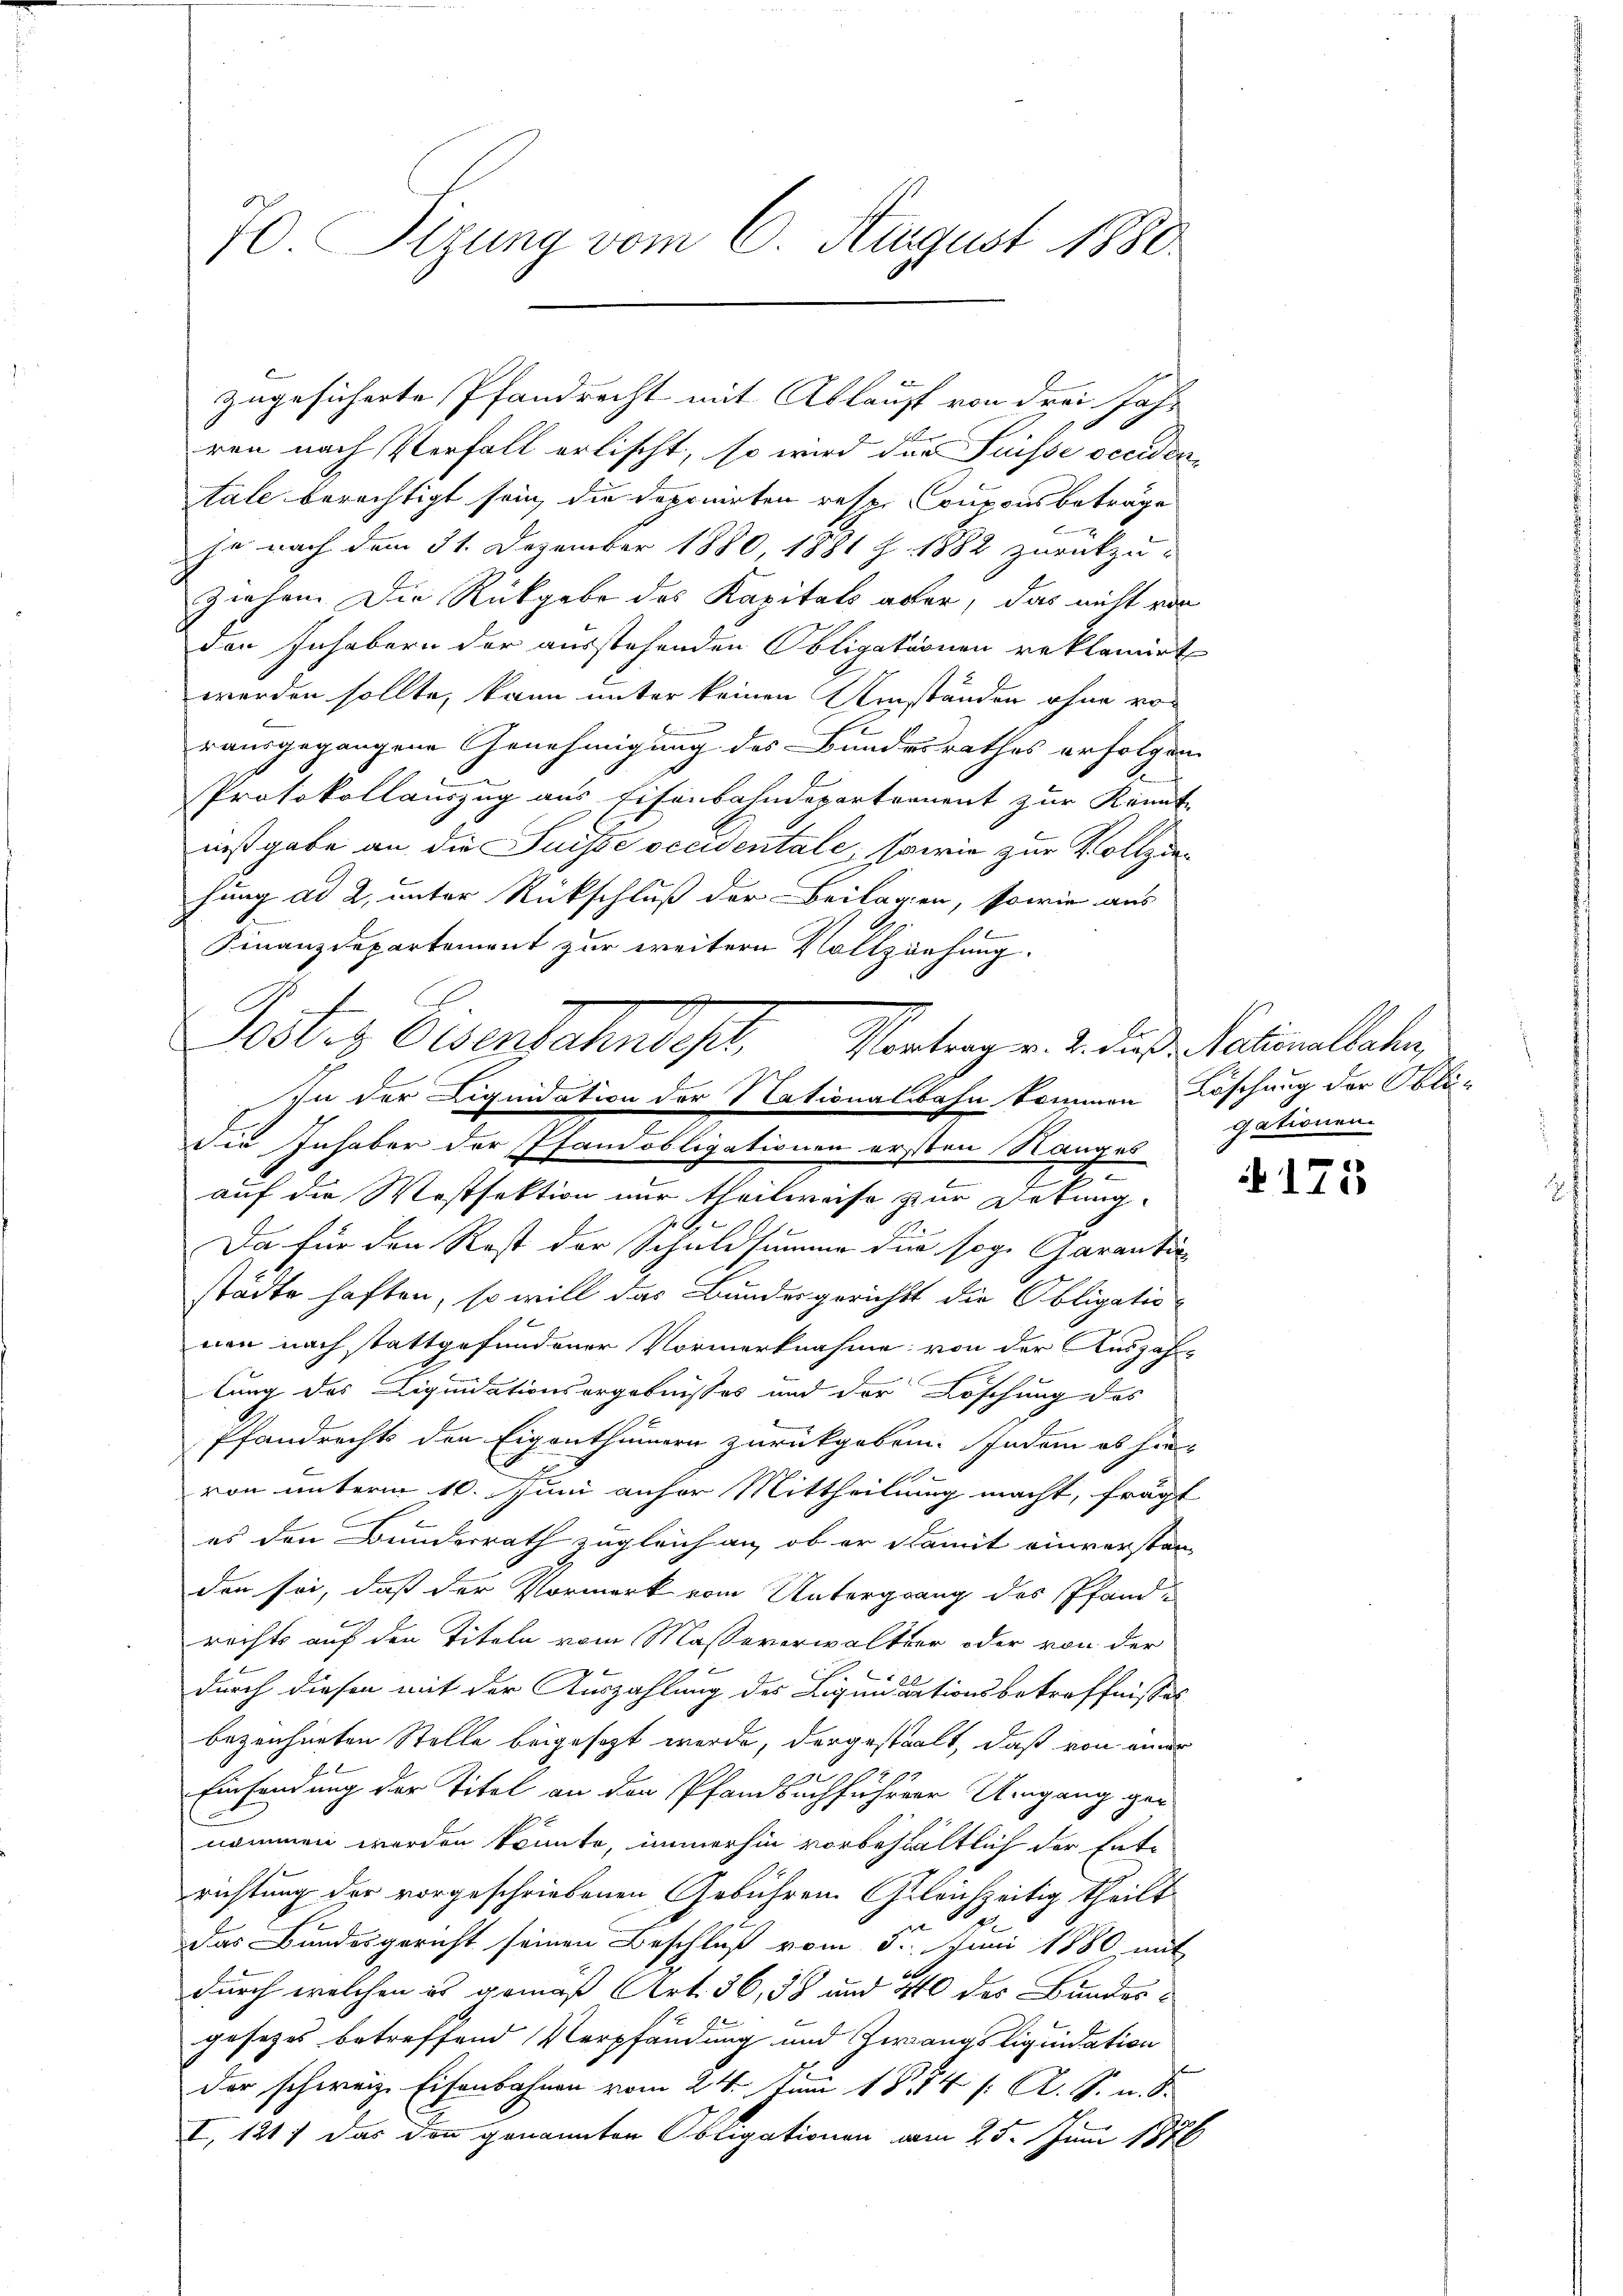
zugesicherte Pfandrecht mit Ablauf von drei Jahren nach Verfall erlischt, so wird das Suisse occidentale berechtigt sein, die deponirten resp. Couponsbeträge
b
je nach dem 31. Dezember 1880 1881 J. 1882 zurückzu-
ziehen. Die Rückgabe des Kapitals aber, das nicht von
den Inhabern der ausstehenden Obligationen reklamirt
werden sollte, kann unter keinen Umständen ohne ro-
rausgegangene Genehmigung des Bundesrathes erfolgen
Protokollauszug aus Eisenbahndepartement zur Kennt-
nißgabe an die Suisse occidentale, sowie zur Vollziehung ad 2, unter Rückschluß der Beilagen, sowie aus
Finanzdepartement zur weitere Vollziehung.
E
i
t
auf die Westsektion nur theilweise zur Detung.
Da für den Rest der Schuldsumme dir sog. Garantistädte haften, so will das Bundesgerichts die Obligatio
non nach stattgefundener Vormerknahme von der Auszah-
lung des Liquidationsorgebnisses und der Löschung des
Pfandrechts den Eigenthümern zurückgeben. Indem es hie-
von unterm 10. Juni anher Mittheilung macht, frägt
es den Bundesrath zugleich an, ob er damit einverstanden sei, daß der Vormerk vom Untergrang des Pfand-
rechts auf den Titeln vom Masseverwalter oder von der
2
durch diesen mit der Auszahlung des Liquidationsbetreffnisses
bezeichneten Stelle beigesezt werde, dergestalt, daß von einer
Einsendung der Titel an der Pfandbuchführer Umgang ger
nommen werden könnte, immerhin vorbehältlich der Entrichtung der vorgeschriebenen Gebühren Gleichzeitig theilt
Das Bundesgericht seinen Beschluß vom 5. Juni 1880 mit
durch welchen es gemäß Art. 36, 38 und 40 des Bundesgesetzes betreffend Verpfändung und Zwangsliquidation
der schweiz. Eisenbahnen vom 24. Juni 18. 74 (: A. S. u. S.
I, 121. das den genannten Obligationen am 25. Juni 1876

70. Sizung vom 6. August 1880

Joslis Osenbahndes,
Vortrag v. 2. dieß Nationalbahn,
In der Liquidation der Nationalbahn kommen Löschung der Oblö-

Die Inhaber der Pfandobligationen ersten Ranges

gationen.

175